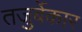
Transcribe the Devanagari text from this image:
तजुर्बेकार